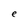
Character: e